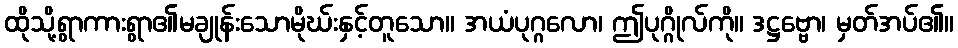
ထိုသို့ရွာကားရွာ၏မချုန်းသောမိုဃ်းနှင့်တူသော။ အယံပုဂ္ဂလော၊ ဤပုဂ္ဂိုလ်ကို။ ဒဋ္ဌဗ္ဗော၊ မှတ်အပ်၏။